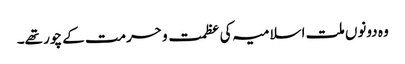
وہ دونوں ملت اسلامیہ کی عظمت و حرمت کے چور تھے۔